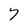
Character: 7